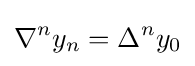
\nabla ^{n}y_{n}=\Delta ^{n}y_{0}